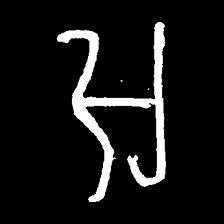
Pyu character \u2014 Myanmar letter: အ (romanized: a)